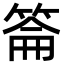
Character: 䈁